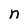
Character: n